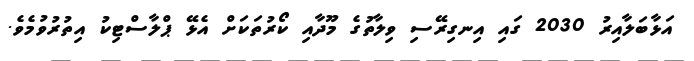
އަޅާބަލާއިރު 2030 ގައި އިނގިރޭސި ވިލާތުގެ މޫދާއި ކޯރުތަކަށް އެޅޭ ޕްލާސްޓިކު އިތުރުވުމެވެ.